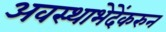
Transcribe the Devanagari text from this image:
अवस्थाभेदेंकरुन